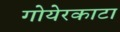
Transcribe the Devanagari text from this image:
गोयेरकाटा